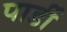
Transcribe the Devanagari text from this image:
पार्डी